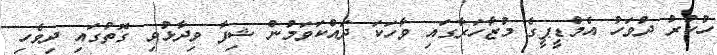
ހުކުރު ދުވަހު އެމްޑީޕީގެ މުޒާހަރާގައި ވާހަކަ ދައްކަވަމުން ޝިފާ ވިދާޅުވި ގޮތުގައި ދިވެހި